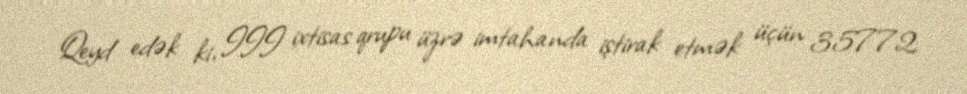
Qeyd edək ki, III ixtisas qrupu üzrə imtahanda iştirak etmək üçün 35772